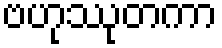
ဗဟုဿုတကာ